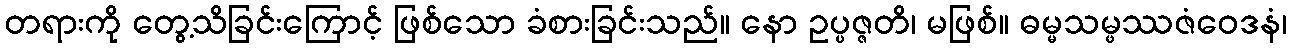
တရားကို တွေ့သိခြင်းကြောင့် ဖြစ်သော ခံစားခြင်းသည်။ နော ဥပ္ပဇ္ဇတိ၊ မဖြစ်။ ဓမ္မသမ္ဖဿဇံဝေဒနံ၊